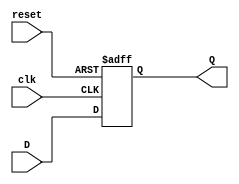
module DFF_async_clear (
    input wire clk,
    input wire reset,
    input wire D,
    output reg Q
);

always @ (posedge clk or negedge reset)
begin
    if (!reset)
        Q <= 1'b0;
    else
        Q <= D;
end

endmodule